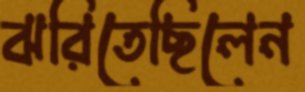
ঝরিতেছিলেন